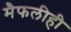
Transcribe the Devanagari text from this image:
मैफलीही